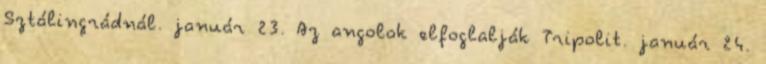
Sztálingrádnál. január 23. Az angolok elfoglalják Tripolit. január 24.